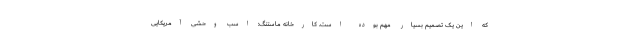
که این یک تصمیم بسیار مهم بوده است. کارخانه ماستنگ: اسب وحشی آمریکایی